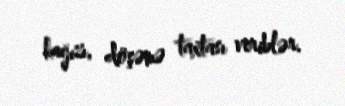
kağızı, döşəmə taxtası veriblər.